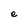
Character: e